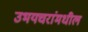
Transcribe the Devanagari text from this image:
उभयचरांमधील